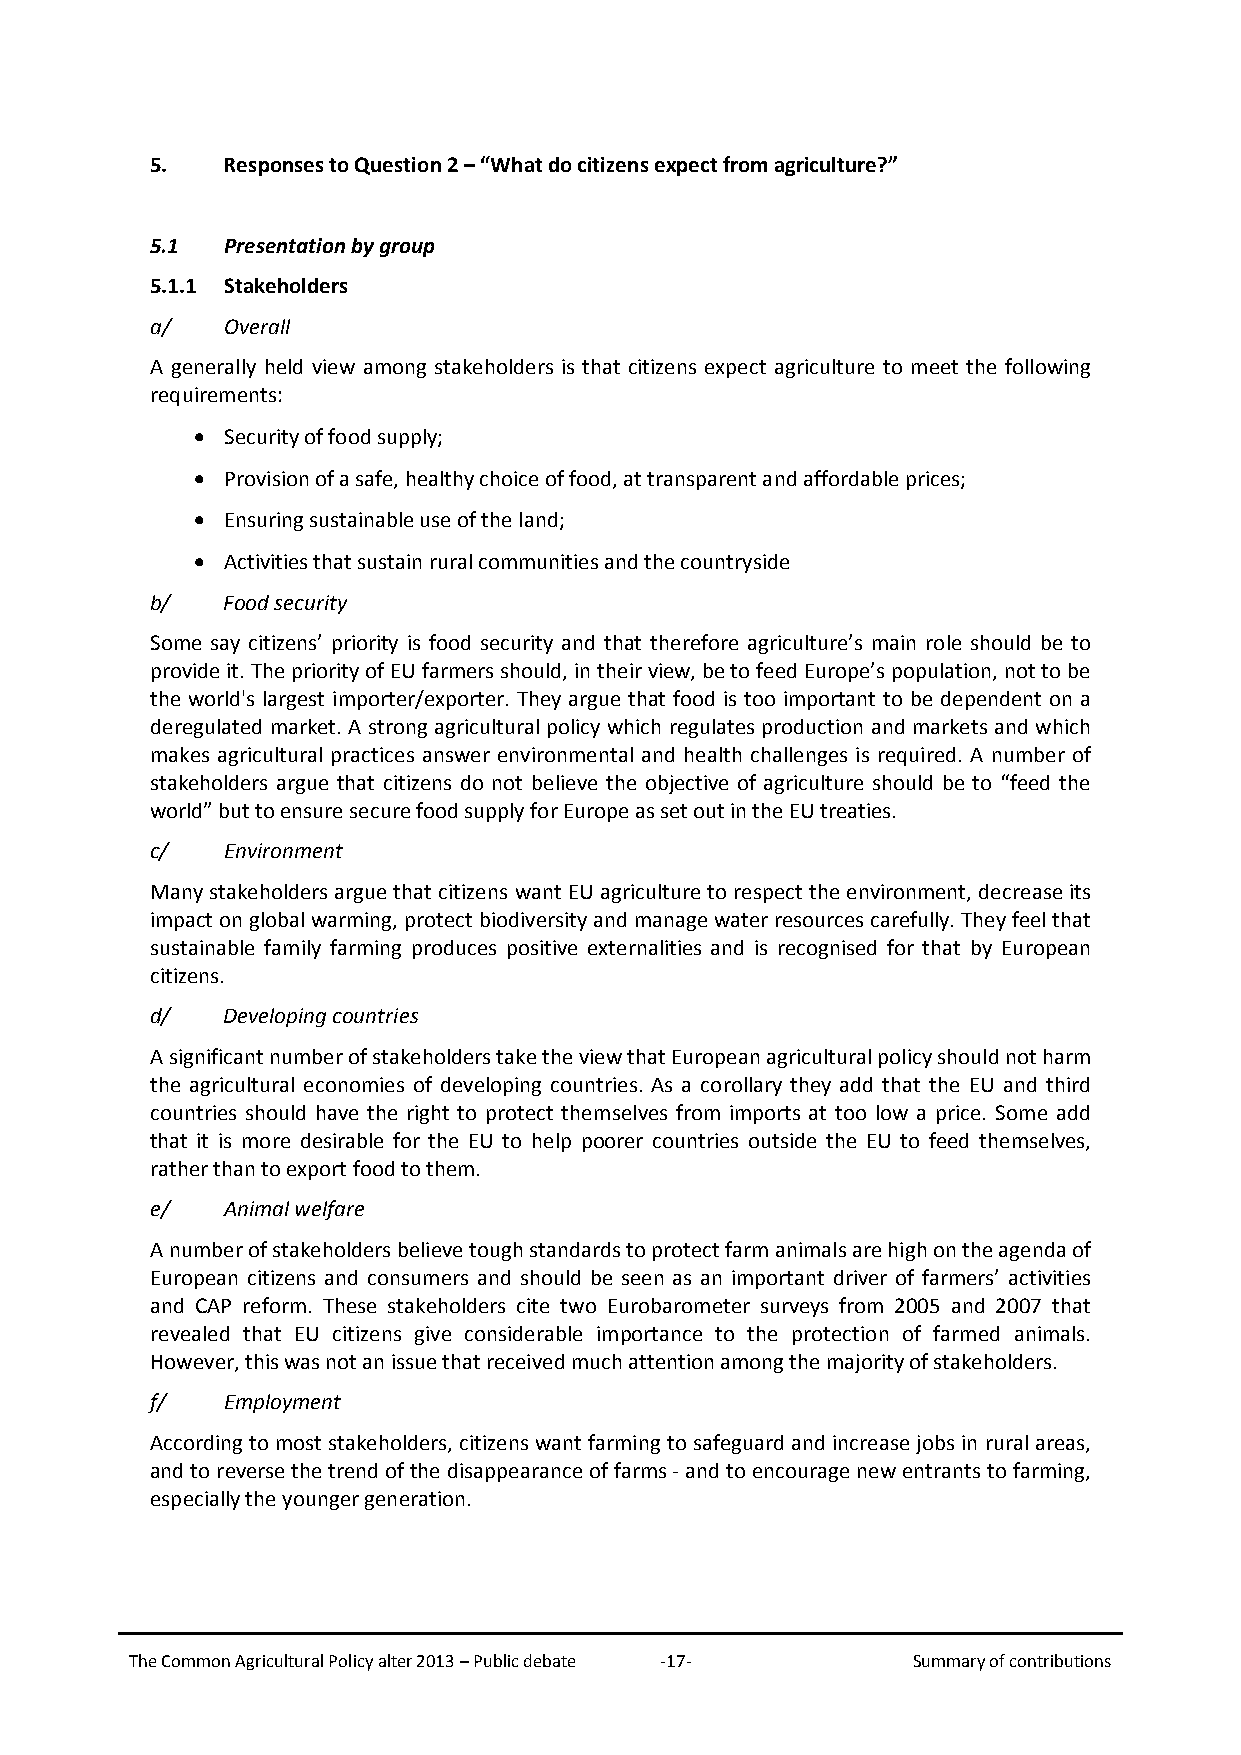
5.   Responses to Question 2 – “What do citizens expect from agriculture?”
 5.1  Presentation by group
 5.1.1 Stakeholders
 a/   Overall
 A generally held view among stakeholders is that citizens expect agriculture to meet the following
 requirements:
 • Security of food supply;
 • Provision of a safe, healthy choice of food, at transparent and affordable prices;
 • Ensuring sustainable use of the land;
 • Activities that sustain rural communities and the countryside
 b/   Food security
 Some say citizens’ priority is food security and that therefore agriculture’s main role should be to
 provide it. The priority of EU farmers should, in their view, be to feed Europe’s population, not to be
 the world's largest importer/exporter. They argue that food is too important to be dependent on a
 deregulated market. A strong agricultural policy which regulates production and markets and which
 makes agricultural practices answer environmental and health challenges is required. A number of
 stakeholders argue that citizens do not believe the objective of agriculture should be to “feed the
 world” but to ensure secure food supply for Europe as set out in the EU treaties.
 c/   Environment
 Many stakeholders argue that citizens want EU agriculture to respect the environment, decrease its
 impact on global warming, protect biodiversity and manage water resources carefully. They feel that
 sustainable family farming produces positive externalities and is recognised for that by European
 citizens.
 d/   Developing countries
 A significant number of stakeholders take the view that European agricultural policy should not harm
 the agricultural economies of developing countries. As a corollary they add that the EU and third
 countries should have the right to protect themselves from imports at too low a price. Some add
 that it is more desirable for the EU to help poorer countries outside the EU to feed themselves,
 rather than to export food to them.
 e/   Animal welfare
 A number of stakeholders believe tough standards to protect farm animals are high on the agenda of
 European citizens and consumers and should be seen as an important driver of farmers’ activities
 and CAP reform. These stakeholders cite two Eurobarometer surveys from 2005 and 2007 that
 revealed that EU citizens give considerable importance to the protection of farmed animals.
 However, this was not an issue that received much attention among the majority of stakeholders.
 f/   Employment
 According to most stakeholders, citizens want farming to safeguard and increase jobs in rural areas,
 and to reverse the trend of the disappearance of farms - and to encourage new entrants to farming,
 especially the younger generation.
 The Common Agricultural Policy alter 2013 – Public debate -17- Summary of contributions